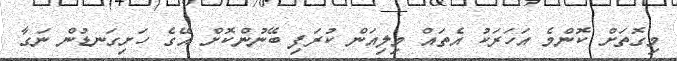
މިގޮތަށް ކޮންމެ އަހަރަކު އެތައް މިލިއަން ކުރަފި ބޭނުންކޮށް އޭގެ ހަށިގަނޑުން ނަގާ